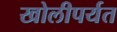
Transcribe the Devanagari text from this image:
खोलीपर्यत